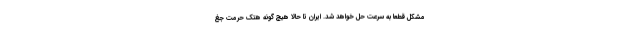
مشکل قطعا به سرعت حل خواهد شد. ایران تا حالا هیچ گونه هتک حرمت جغ